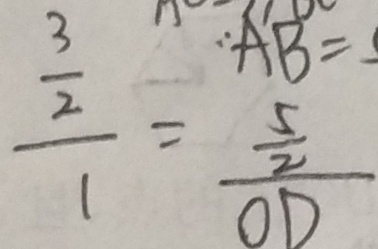
\frac { \frac { 3 } { 2 } } { 1 } = \frac { 5 } { O D }